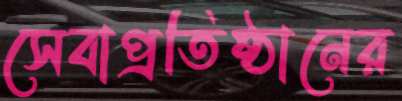
সেবাপ্রতিষ্ঠানের